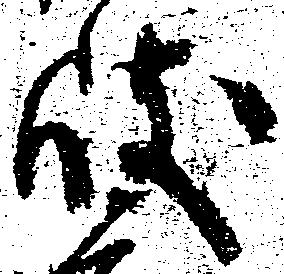
岐